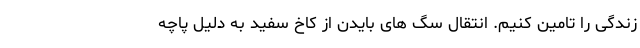
زندگی را تامین کنیم. انتقال سگ های بایدن از کاخ سفید به دلیل پاچه